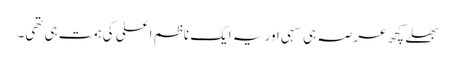
بھلے کچھ عرصہ ہی سہی اور یہ ایک ناظم اعلی کی ہمت ہی تھی۔